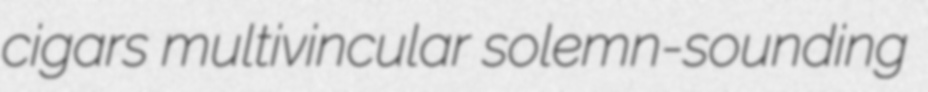
cigars multivincular solemn-sounding